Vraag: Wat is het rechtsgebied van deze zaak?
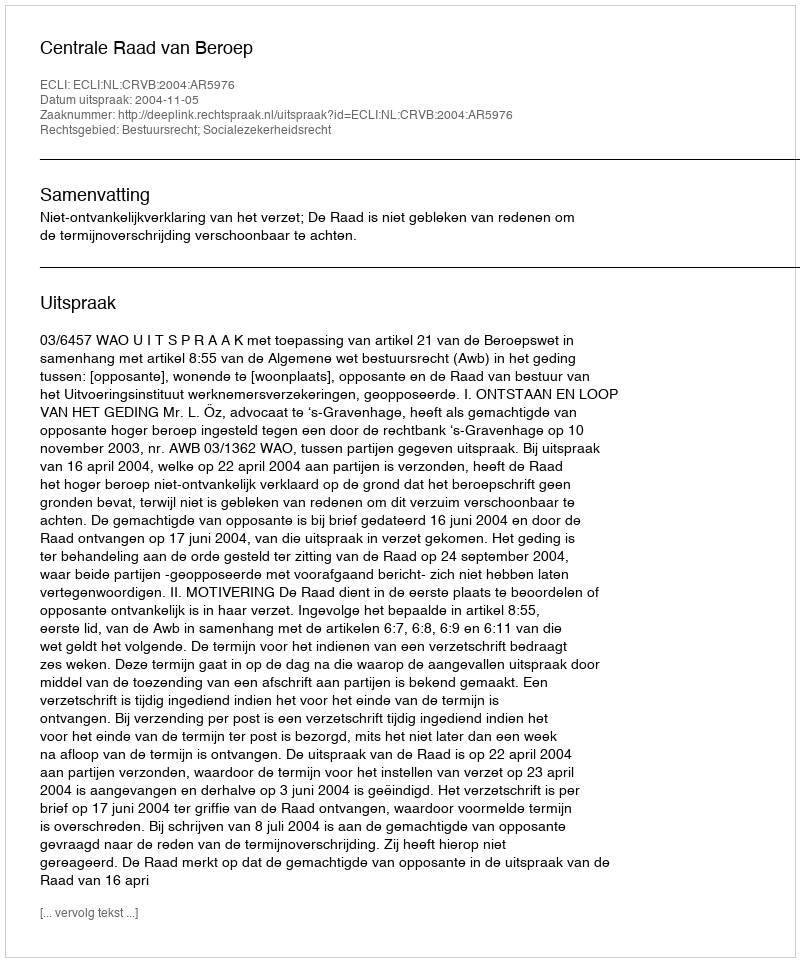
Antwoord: Bestuursrecht; Socialezekerheidsrecht